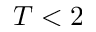
T < 2